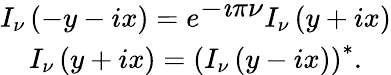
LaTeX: \begin{array}{c}{{I_{\nu}\left(-y-ix\right)=e^{\displaystyle{-\imath\pi\nu}}I_{\nu}\left(y+ix\right)}}\\ {{I_{\nu}\left(y+ix\right)=\left(I_{\nu}\left(y-ix\right)\right)^{*}.}}\end{array}